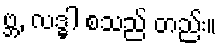
ဗ္ဘ, လဒ္ဓါ စသည် တည်း။